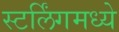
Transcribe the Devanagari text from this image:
स्टर्लिंगमध्ये